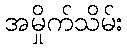
အမှိုက်သိမ်း